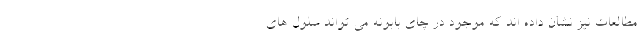
مطالعات نیز نشان داده اند که موجود در چای بابونه می تواند سلول های